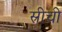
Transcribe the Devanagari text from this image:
स्रीची